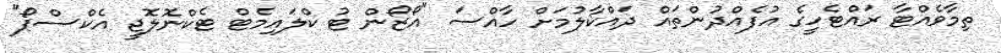
ތިމާވެއްޓާ ރައްޓެހީގެ އުފެއްދުންތައް ދައްކާލުމަށް ހާއްސަ "އޯޒޯން ޓު ކްލައިމެޓް ޓެކްނޮލޮޖީ އެކްސްޕޯ"